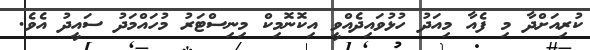
ކުރިއަށްދާ މި ފެއާ މިއަދު ހުޅުވައިދެއްވީ އިކޮނޮމިކް މިނިސްޓަރު މުހައްމަދު ސައީދު އެވެ.